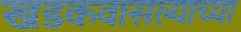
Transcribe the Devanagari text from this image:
खडकवासल्याच्या